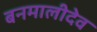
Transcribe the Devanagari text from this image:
बनमालीदेव